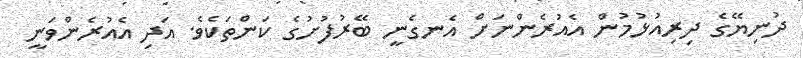
ދުނިޔޭގެ ދިރިއުޅުމުން އެއުރެންނަށް އެނގެނީ ބޭރުފުށުގެ ކަންތަކެވެ. އަދި އެއުރެންވަނީ